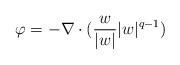
LaTeX: \begin{align*}\varphi=-\nabla \cdot (\frac{w}{|w|}|w|^{q-1})\end{align*}